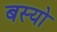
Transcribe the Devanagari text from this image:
बस्‍यो